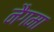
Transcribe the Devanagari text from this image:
नैगमा